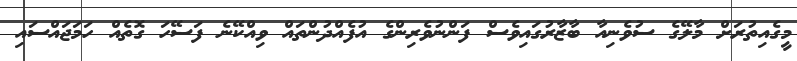
މީގެއިތުރަށް މާލޭގެ ސުވެނިއާ ބާޒާރުގައިވެސް ފަންނުވެރިންގެ އުފެއްދުންތައް ވިއްކޭނެ ފަސޭހަ ގޮތެއް ހަމަޖައްސައި